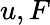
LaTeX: u,F